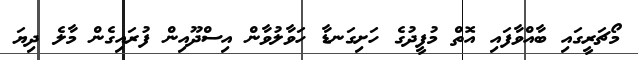
މޯޗަރީގައި ބާއްވާފައި އޮތް މުފީދުގެ ހަށިގަނޑާ ހަވާލުވާން އިސްދޫއިން ފުރައިގެން މާލެ ދިޔަ